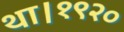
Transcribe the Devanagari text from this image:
था।१९२०